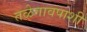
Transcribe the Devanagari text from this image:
तळेगावपाशी